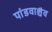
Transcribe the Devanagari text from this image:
पांडवाश्चैव